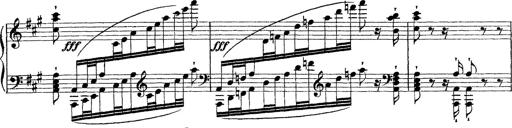
Title: Grande fantasie di bravura sur La clochette
Composer: Franz Liszt
Key: A minor